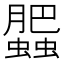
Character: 𧓖